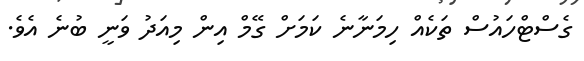
ގެސްޓްހައުސް ތަކެއް ހިމަނާނެ ކަމަށް ގޭމް އިން މިއަދު ވަނީ ބުނެ އެވެ.